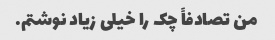
من تصادفاً چک را خیلی زیاد نوشتم.